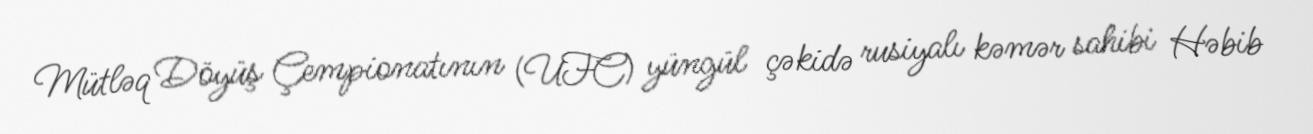
Mütləq Döyüş Çempionatının (UFC) yüngül çəkidə rusiyalı kəmər sahibi Həbib